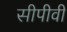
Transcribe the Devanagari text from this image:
सीपीवी